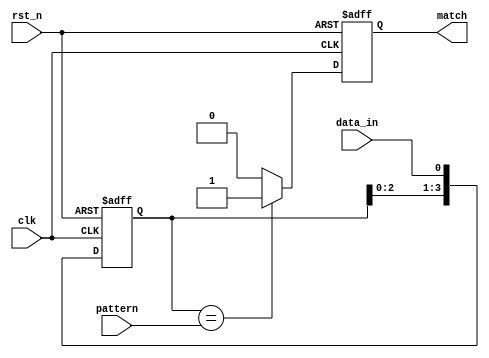
module pattern_detector (
    input wire clk,                // Clock signal
    input wire rst_n,              // Active low reset
    input wire data_in,            // Input data stream
    input wire [3:0] pattern,      // Pattern to detect (4-bit)
    output reg match               // Match output signal
);

    // Define the number of flip-flops based on the pattern length
    reg [3:0] shift_reg;           // Shift register to store input data

    // Sequential logic for shift register and match detection
    always @(posedge clk or negedge rst_n) begin
        if (!rst_n) begin
            shift_reg <= 4'b0000;   // Initialize shift register on reset
            match <= 1'b0;          // Clear match signal
        end else begin
            // Shift the input data into the shift register
            shift_reg <= {shift_reg[2:0], data_in};

            // Check for pattern match
            if (shift_reg == pattern) begin
                match <= 1'b1;       // Set match signal if pattern is detected
            end else begin
                match <= 1'b0;       // Clear match signal if no match
            end
        end
    end

endmodule